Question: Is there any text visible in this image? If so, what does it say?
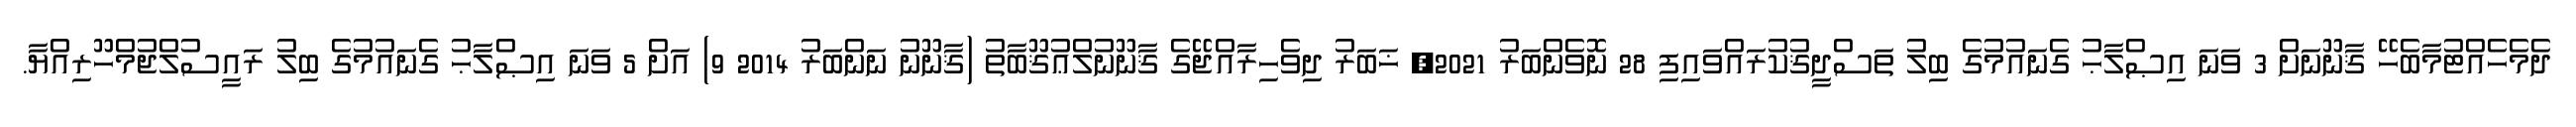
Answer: ދެމެހެއްޓުމާބެހޭ ޤާނޫނަށް 3 ވަނަ އިޞްލާޙު ގެނައުމުގެ ބިލު ތަސްދީޤުކުރައްވައިފި 28 ނޮވެންބަރު 2021, ޚަބަރު ދިވެހިރާއްޖޭގެ ޤާނޫނުލްޢުޤޫބާތު (ޤާނޫނު ނަންބަރު 2014 9) އަށް 5 ވަނަ އިޞްލާޙު ގެނައުމުގެ ބިލު ރައީސުލްޖުމްހޫރިއްޔާ.